Civil Veterinary Dept. North-West Frontier Province 1923-32 - 1923-1932
Year: 1923
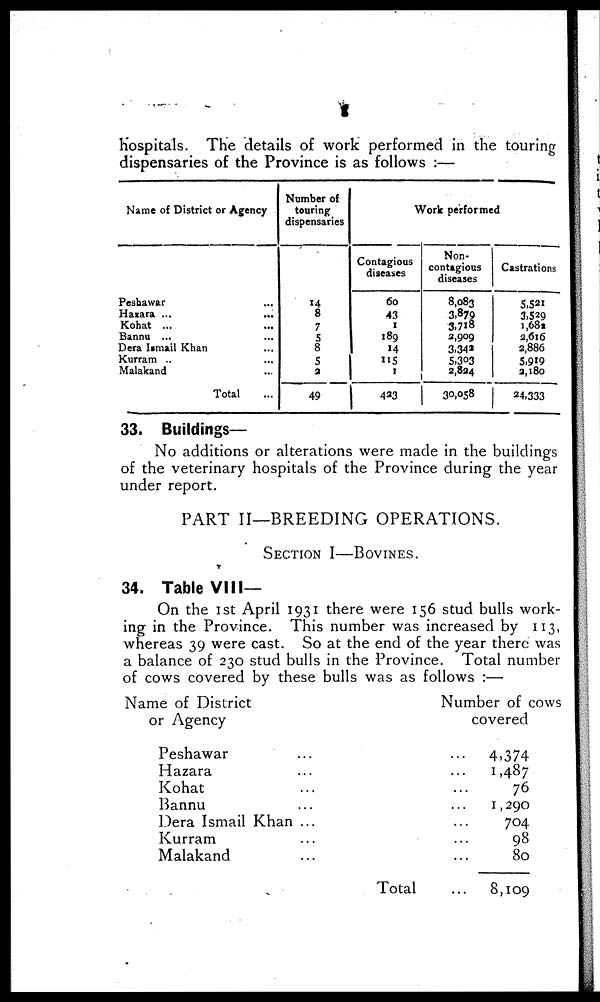
8
Hospitals. The details of work performed in the touring
dispensaries of the Province is as follows :—
Name of District or Agency
Peshawar …
Hazara ... …
Kohat ... …
Bannu ... …
Dera Ismail Khan ...
Kurram .. ...
Malakand …
Total …
Number of
touring
dispensaries
14
8
7
5
8
5
2
49
Work performed
Contagious
diseases
60
43
1
189
14
115
1
423
Non-
contagious
diseases
8,083
3,879
3,718
2,909
3,342
5,303
2,824
30,058
Castrations
5,521
3,529
1,682
2,616
2,886
5,919
2,180
24,333
33. Buildings-
No additions or alterations were made in the buildings
of the veterinary hospitals of the Province during the year
under report.
PART II—BREEDING OPERATIONS.
SECTION I—BOVINES.
34. Table VIII—
On the 1st April 1931 there were 156 stud bulls work-
ing in the Province. This number was increased by 113,
whereas 39 were cast. So at the end of the year there was
a balance of 230 stud bulls in the Province. Total number
of cows covered by these bulls was as follows :—
Name of District
or Agency
Peshawar
Hazara
Kohat
Bannu
Dera Ismail Khan
Kurram
Malakand
…
…
…
…
…
…
…
Total
Number of cows
covered
...
4,374
...
1,487
… 76
… 1,290
… 704
… 98
… 80
… 8,109